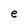
Character: e